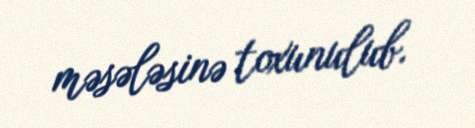
məsələsinə toxunulub.